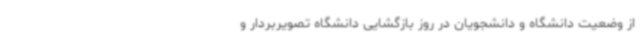
از وضعیت دانشگاه و دانشجویان در روز بازگشایی دانشگاه تصویربردار و